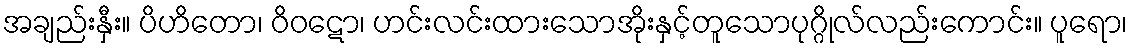
အချည်းနှီး။ ပိဟိတော၊ ဝိဝဋော၊ ဟင်းလင်းထားသောအိုးနှင့်တူသောပုဂ္ဂိုလ်လည်းကောင်း။ ပူရော၊